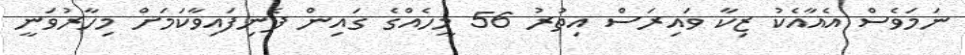
ނަމަވެސް އެއާއެކު ޒިކާ ވައިރަސް އިތުރު 56 މީހެއްގެ ގައިން ފެނިފައިވާކަމަށް މިހާރުވަނީ